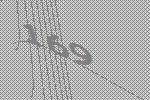
169